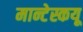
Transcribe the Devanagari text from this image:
मान्टेस्कयू